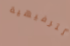
الترفيهية